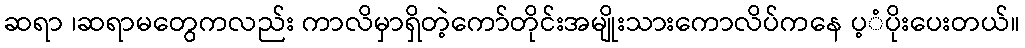
ဆရာ ၊ဆရာမတွေကလည်း ကာလိမှာရှိတဲ့ကော်တိုင်းအမျိုးသားကောလိပ်ကနေ ပ့ံပိုးပေးတယ်။